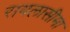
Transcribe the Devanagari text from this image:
रायलासीमा